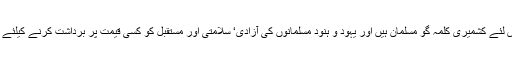
صرف اس لئے کشمیری کلمہ گو مسلمان ہیں اور یہود و ہنود مسلمانوں کی آزادی‘ سلامتی اور مستقبل کو کسی قیمت پر برداشت کرنے کیلئے تیار نہیں۔